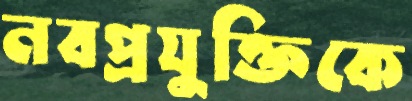
নবপ্রযুক্তিকে